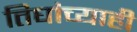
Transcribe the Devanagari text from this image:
तिघांच्याही